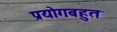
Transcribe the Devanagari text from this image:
प्रयोगबहुत